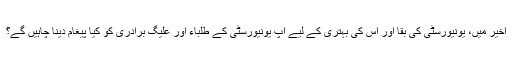
اخیر میں، یونیورسٹی کی بقا اور اس کی بہتری کے لیے آپ یونیورسٹی کے طلباء اور علیگ برادری کو کیا پیغام دینا چاہیں گے؟